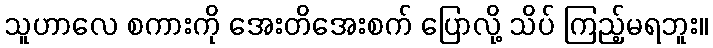
သူဟာလေ စကားကို အေးတိအေးစက် ပြောလို့ သိပ် ကြည့်မရဘူး။